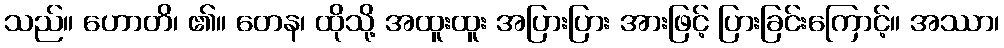
သည်။ ဟောတိ၊ ၏။ တေန၊ ထိုသို့ အထူးထူး အပြားပြား အားဖြင့် ပြားခြင်းကြောင့်။ အဿာ၊